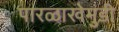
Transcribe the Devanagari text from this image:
पारळाखेमुंडी